Indian journal of veterinary science and animal husbandry - Volume 9,
Year: 1939
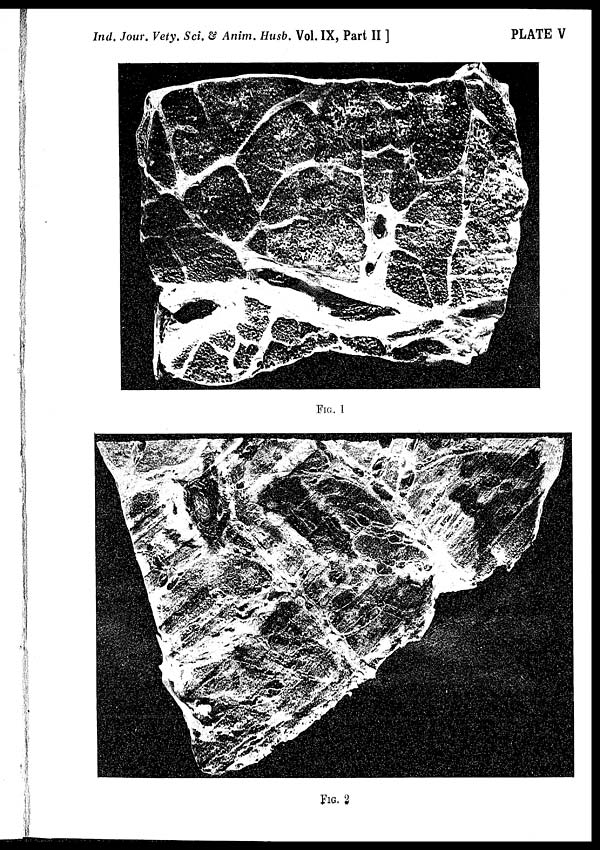
Ind. Jour. Vety. Sci. & Anim. Husb. Vol. IX, Part II ]
PLATE V
FIG. 1
FIG. 2